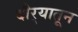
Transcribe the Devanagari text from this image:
दौर्‍यातून